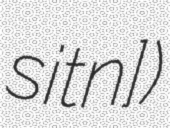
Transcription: sitʁɔɛn])